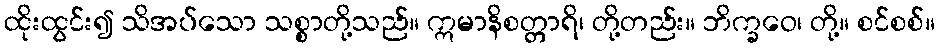
ထိုးထွင်း၍ သိအပ်သော သစ္စာတို့သည်။ ဣမာနိစတ္တာရိ၊ တို့တည်း။ ဘိက္ခဝေ၊ တို့။ စင်စစ်။